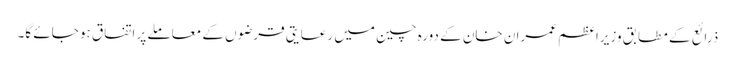
ذرائع کے مطابق وزیراعظم عمران خان کے دورہ چین میں رعایتی قرضوں کے معاملے پر اتفاق ہو جائے گا۔